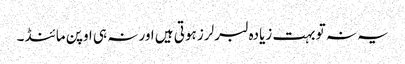
یہ نہ تو بہت زیادہ لبرلرز ہوتی ہیں اور نہ ہی اوپن مائنڈ ۔